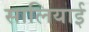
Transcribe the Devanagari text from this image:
सालियाई